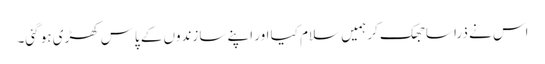
اس نے ذرا سا جھک کر ہمیں سلام کیا اور اپنے سازندوں کے پاس کھڑی ہو گئی۔